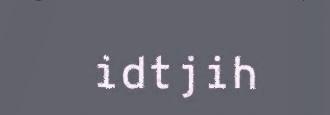
idtjih